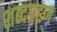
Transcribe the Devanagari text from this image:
शब्दग्रहण